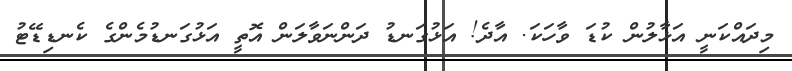
މިދައްކަނީ އަޅާލުން ކުޑަ ވާހަކަ. އާދެ! އަޅުގަނޑު ދަންނަވާލަން އޮތީ އަޅުގަނޑުމެންގެ ކެނޑިޑޭޓު